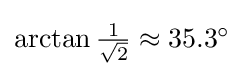
{\textstyle \arctan {\frac {1}{\sqrt {2}}}\approx 35.3^{\circ }}